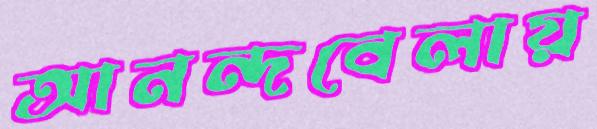
আনন্দবেলায়